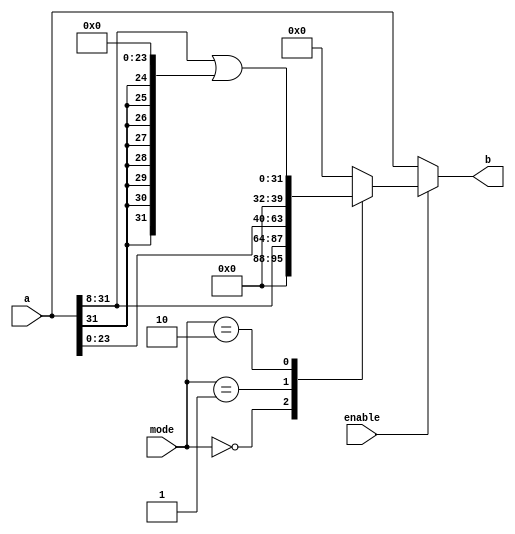
module shift8 #(parameter SI = 8)(a,b,mode,enable);
  input [31:0] a;
  input [1:0]mode;
  input enable;
  output [31:0] b;
  wire flag = a[31];
  reg [31:0]tempValue;
  always @(a or mode or enable)
  begin
   case(mode)
      2'b00 : tempValue = a>>SI;
      2'b01 : tempValue = a<<SI;
      2'b10 : tempValue = (a >>SI) | ({SI{flag}} << (31 - SI + 1));
      default: tempValue = 32'b0;
    endcase
  end
  assign b = (enable == 1'b1) ? tempValue : a;
endmodule